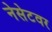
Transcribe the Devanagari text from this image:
नेसेटवर